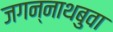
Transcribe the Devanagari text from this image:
जगन्‍नाथबुवा